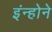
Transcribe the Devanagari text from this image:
इंन्होने